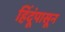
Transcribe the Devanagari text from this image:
हिंदूंपासून